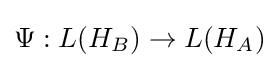
\Psi :L(H_{B})\rightarrow L(H_{A})